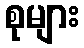
စုများ